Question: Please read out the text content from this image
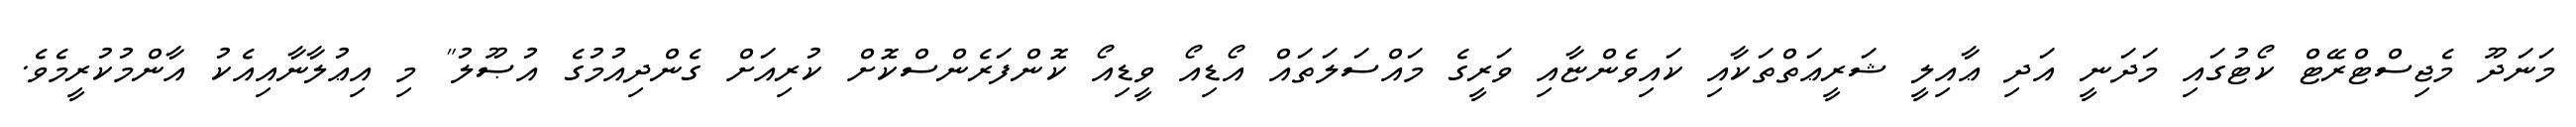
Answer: މަނަދޫ މެޖިސްޓްރޭޓް ކޯޓުގައި މަދަނީ އަދި ޢާއިލީ ޝަރީޢަތްތަކާއި ކައިވެންޏާއި ވަރީގެ މައްސަލަތައް އޯޑިއޯ ވީޑިއޯ ކޮންފަރެންސްކޮށް ކުރިއަށް ގެންދިއުމުގެ އުޞޫލު" މި އިޢުލާނާއިއެކު އާންމުކުރީމެވެ.